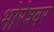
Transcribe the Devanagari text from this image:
भोरेश्वर